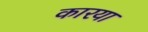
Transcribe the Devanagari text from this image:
कारया